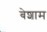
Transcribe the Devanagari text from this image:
बेशाम